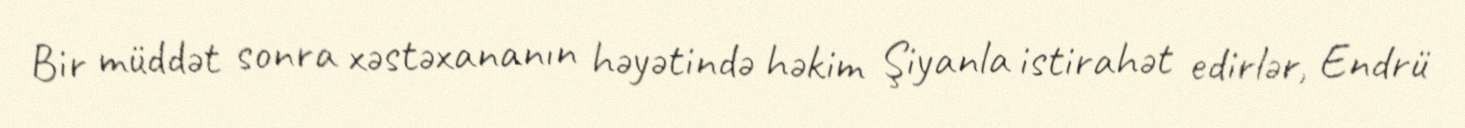
Bir müddət sonra xəstəxananın həyətində həkim Şiyanla istirahət edirlər, Endrü